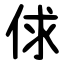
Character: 俅